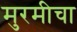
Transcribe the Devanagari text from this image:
मुरमीचा